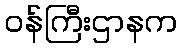
ဝန်ကြီးဌာနက